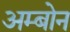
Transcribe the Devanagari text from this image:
अम्बोन